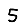
Digit: 5